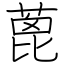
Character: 蓖